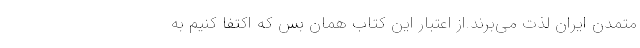
متمدن ایران لذت می‌برند.از اعتبار این کتاب همان بس که اکتفا کنیم به